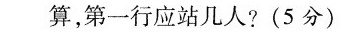
算，第一行应站几人?(5分)